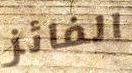
الفائز